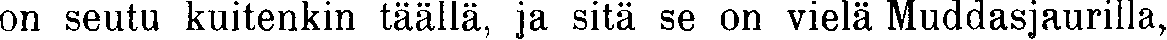
on seutu kuitenkin täällä, ja sitä se on vielä Muddasjaurilla,